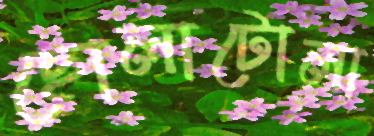
ছোলাটোলা